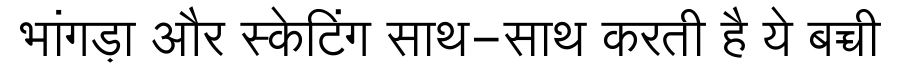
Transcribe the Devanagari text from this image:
भांगड़ा और स्केटिंग साथ-साथ करती है ये बच्ची